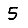
Digit: 5